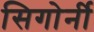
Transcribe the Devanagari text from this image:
सिगोर्नी